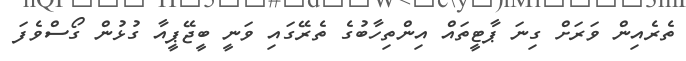
ތެރެއިން ވަރަށް ގިނަ ޕާޓީތައް އިންތިހާބުގެ ތެރޭގައި ވަނީ ބީޖޭޕީއާ ގުޅުން ގޯސްވެފަ